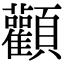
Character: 顴